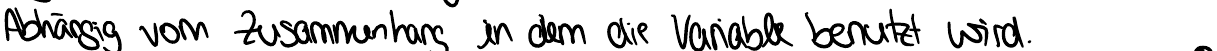
Abhängig vom Zusammenhang in dem die Variable benutzt wird.